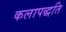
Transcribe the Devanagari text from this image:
कलापद्धति